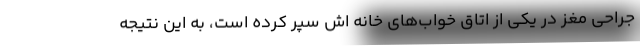
جراحی مغز در یکی از اتاق خواب‌های خانه اش سپر کرده است، به این نتیجه